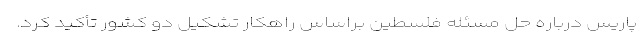
پاریس درباره حل مسئله فلسطین براساس راهکار تشکیل دو کشور تأکید کرد.